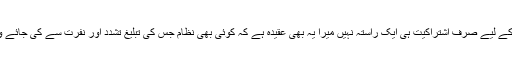
اور انسانیت کی منزل مقصود تک پہنچنے کے لیے صرف اشتراکیت ہی ایک راستہ نہیں میرا یہ بھی عقیدہ ہے کہ کوئی بھی نظام جس کی تبلیغ تشدد اور نفرت سے کی جائے وہ انسانیت کی راہ میں رہزن ہے رہبر نہیں۔